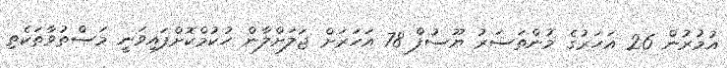
އުމުރުން 26 އަހަރުގެ މުންތަސަރު ޔޫސުފް 78 އަހަރަށް ޖަލަށްލާން ހުކުމްކޮށްފައިވަނީ މަސްތުވާތަކެތި